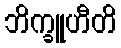
ဘိက္ခူဟီတိ